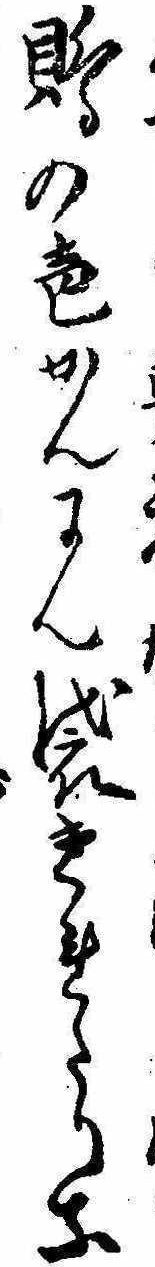
鵙の声かんにん袋きれたりな